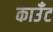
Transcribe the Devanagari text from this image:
काउँट